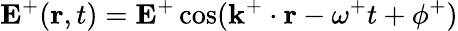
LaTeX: \textbf{E}^{+}(\textbf{r},t)=\textbf{E}^{+}\cos(\textbf{k}^{+}\cdot\textbf{r}−\omega^{+}t+\phi^{+})